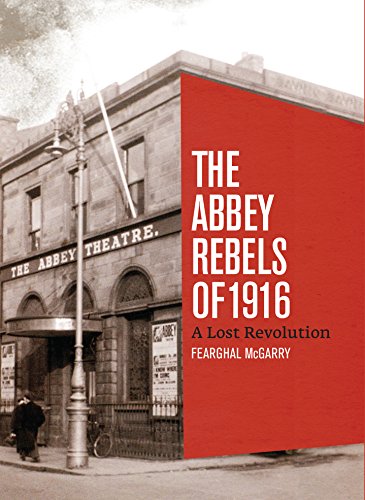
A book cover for Lost Revolution: The Abbey Rebels; Fearghal McGarry; Humor & Entertainment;